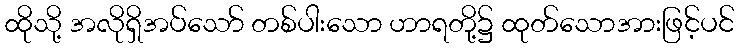
ထိုသို့ အလိုရှိအပ်သော် တစ်ပါးသော ဟာရတို့၌ ထုတ်သောအားဖြင့်ပင်